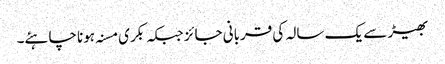
بھیڑ سے یک سالہ کی قربانی جائز جبکہ بکری مسنہ ہونا چاہئے۔